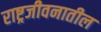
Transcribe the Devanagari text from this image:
राष्ट्रजीवनातील